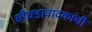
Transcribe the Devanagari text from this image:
चौघडावादकांची